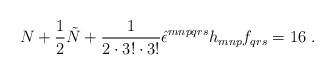
LaTeX: \begin{align*}N + \frac{1}{2} \tilde N + \frac{1}{2 \cdot 3! \cdot 3!}\hat\epsilon^{mnpqrs} h_{mnp} f_{qrs} = 16\ . \end{align*}